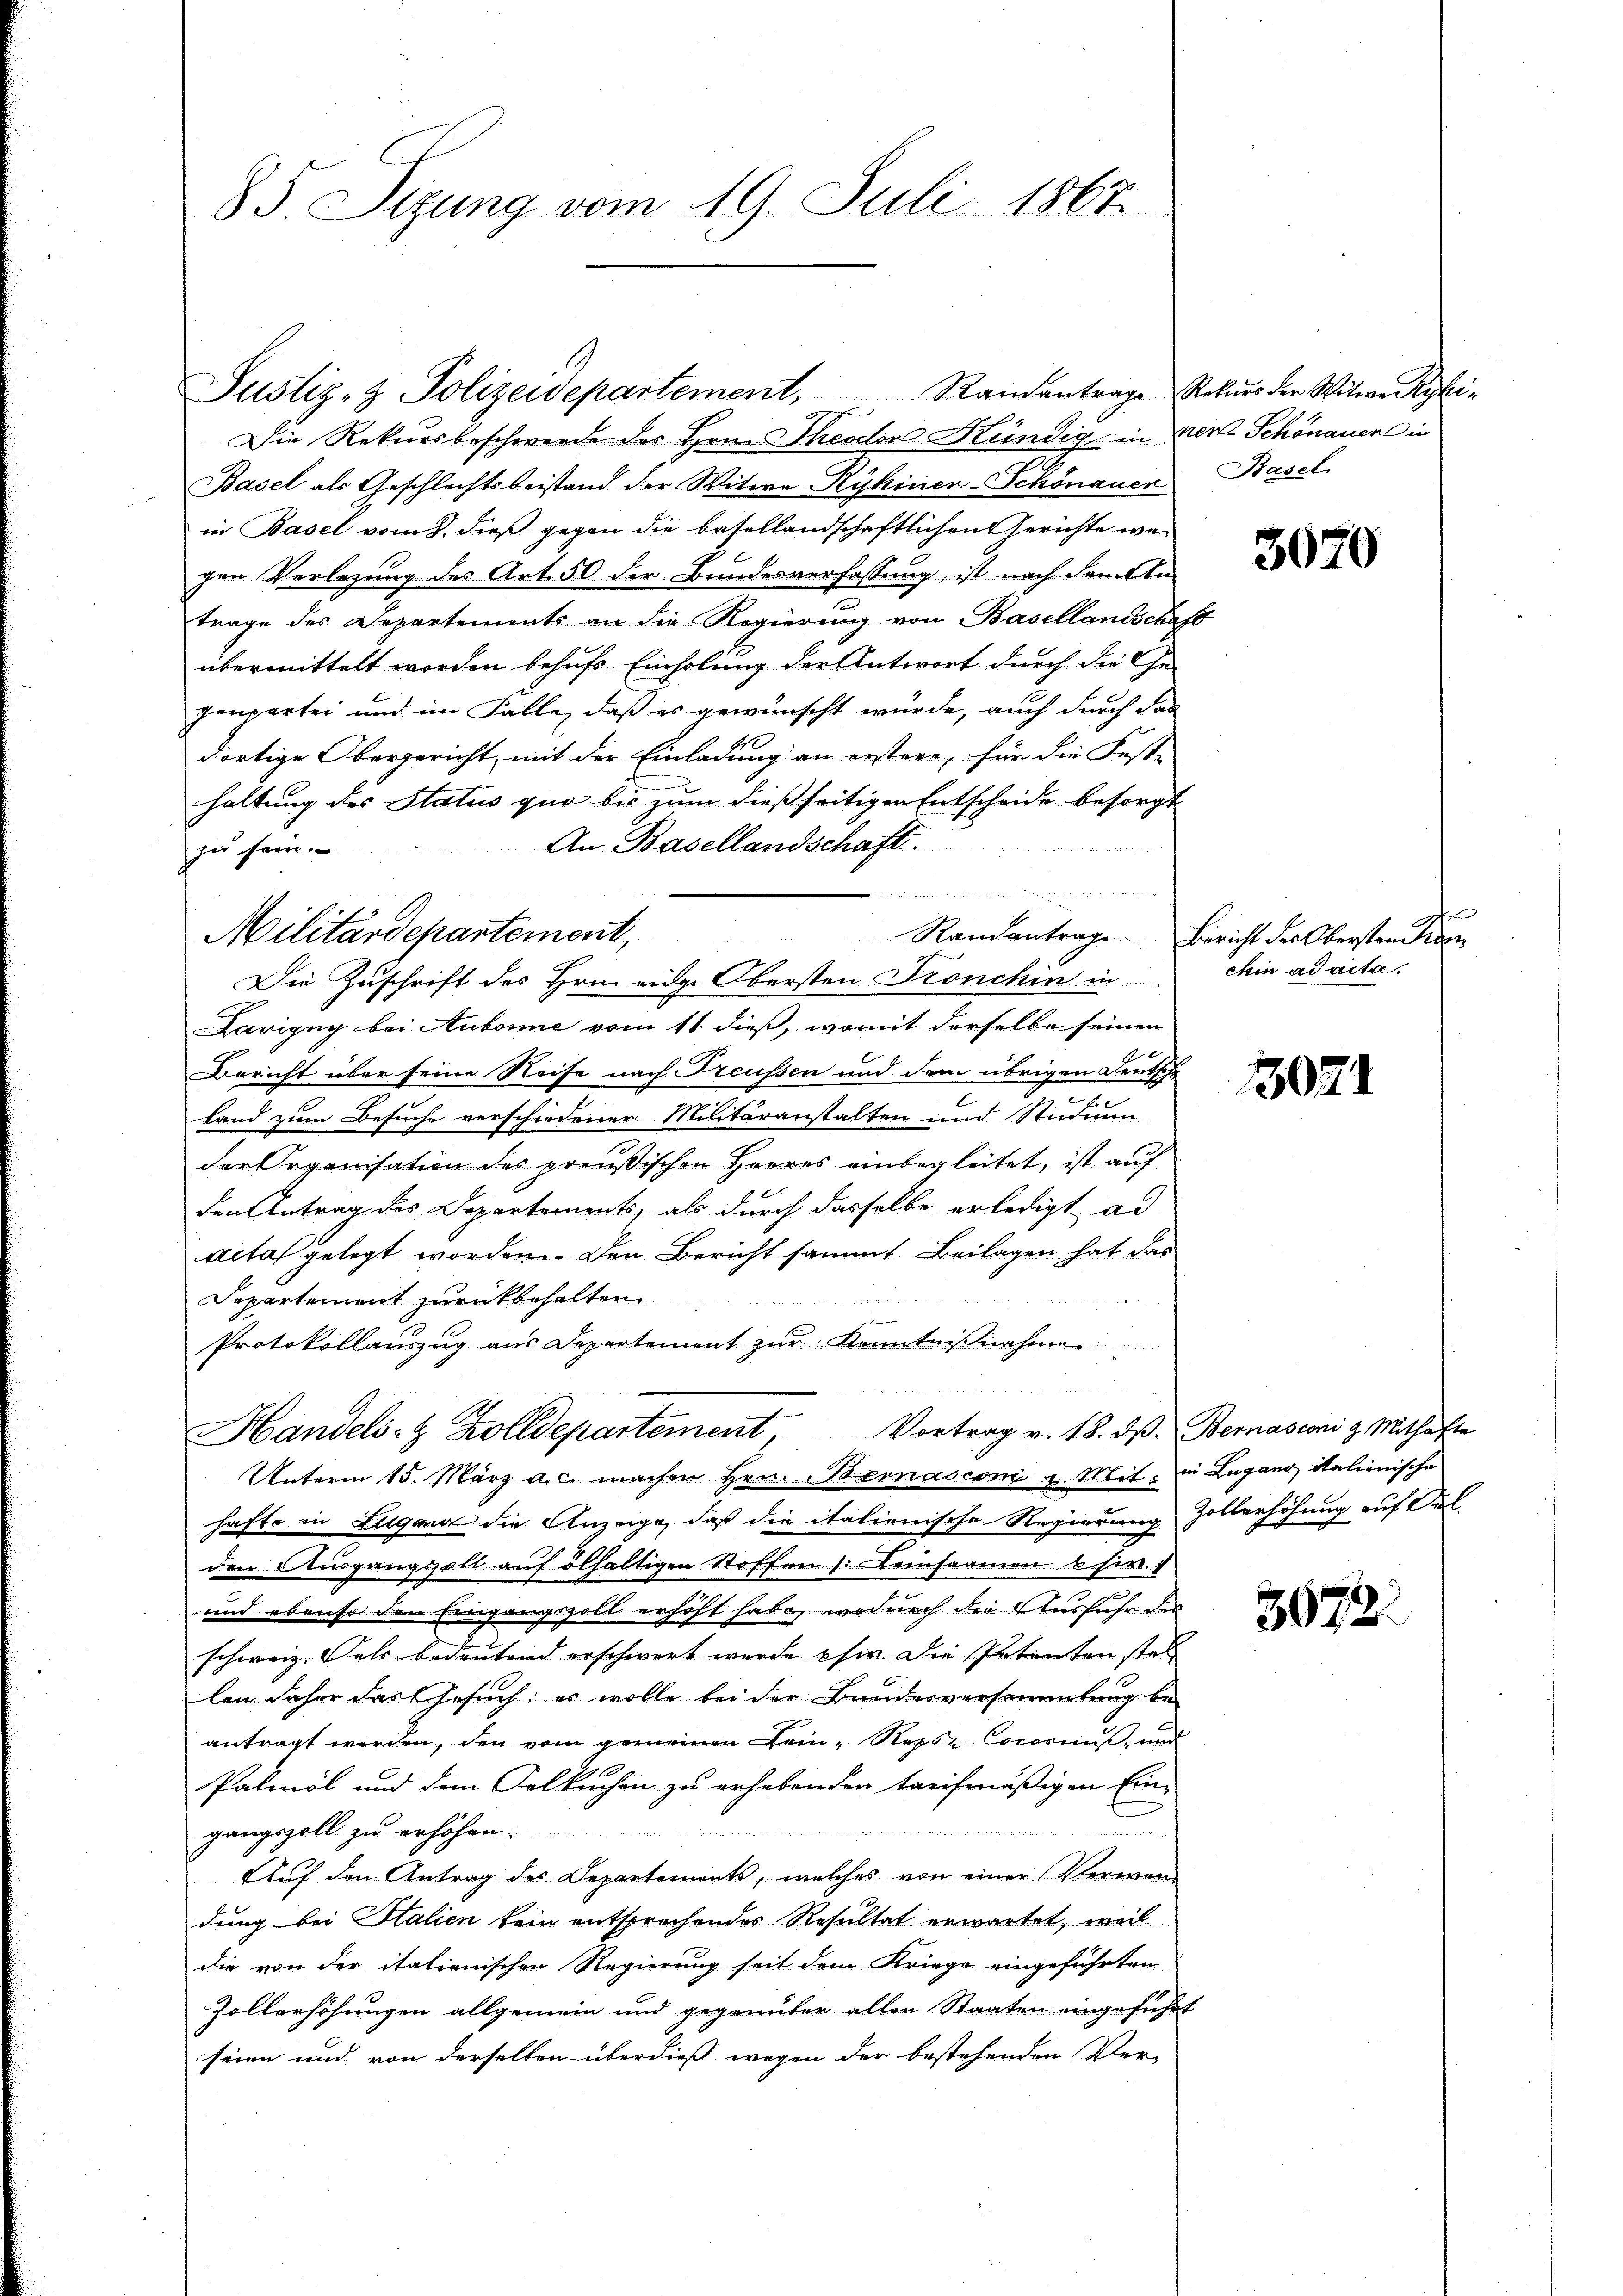
85. Sizung vom 19. Juli 1867.

Die Rekursbeschwerde des Hrn. Theodor Kündig in der Schönauer in
Basel als Geschlechtsbeistand der Witwe Ryhiner-Schönauer Basel
in Basel vom 8. dieß gegen die besellandschaftlichen Gerichte wegen Verlegung des Art. 50 der Bundesverfassung, ist nach dem In
trage des Departements an die Regierung von Basellandschaft
übermittelt worden behufs Einholung der Antwort durch die Ge-
genpartei und im Falle, daß es gewünscht würde, auch durch das
dortige Obergericht, mit der Einladung an erstere, für die Festi-
haltung des Status quo bis zum dießseitigen Entscheide besorgt
An Basellandschaft.
zu sein.
Die Zuschrift des Hrn. eige Obersten Tronchin in
Lavigny bei Aubonne vom 11. dieß, womit derselbe seinen
Bericht über seine Reise nach Treussen und dem übrigen Deutsche
Land zum Besuche verschiedener Militäranstalten und Studium
der Organisation des preußischen Heeres einbegleitet, ist auf
den Antrag des Departements, als durch dasselbe erledigt ad
Acta gelegt worden. Den Bericht sammt Beilagen hat das
Departement zurückbehalten
Protokollauszug aus Departement zur Kenntnißnahmer
Handels- & Zolldepartement, Vortrag v. 18. dβ. Bernasconi & Mithafte
Unterm 15. März a. c. machen Hrn. Bernasconi u. Mit. in Lugano, italienische
hafte in Lugang die Anzeige, daß die italienische Regierung zollerhöhung auf Silden Ausgangsall auf obhaltigen Stoffen (einsamen usw.
und ebenso den Eingangszoll erhöht habe, wodurch die Ausfuhr der
schweiz. Rats bedeutend erschwert wurde sie. Die Patenten stel
len daher das Gesuch, es wolle bei der Bundesversammlung be-
antragt werden, den vom gemeinen Dein - Ropse Coconnus, und
Palmöl und dem Selkuchen zu erhebenden treifmäßigen Ein¬
2
gangszoll zu erhöhen.
e
B 458
Auf den Antrag des Departements, welches von einer Verwendung bei Salien kein entsprechendes Resultat erwartet, weil
die von der italienischen Regierung seit dem Kriege eingeführten
Zollerhöhungen allgemein und gegenüber allen Staaten eingeführt
seien und von derselben überdieß wegen der bestehenden Ver-

Justiz- & Polizeidepartement, Randantrage Rekŭrs der Witwe Ryki-

Militärdepartement,

3070

d
Randantrage. Bericht des Obersten den
chin ad acta.

3021

3072.